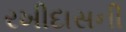
રખીદાસની